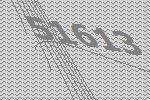
51613